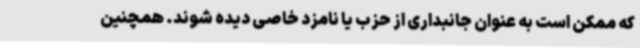
که ممکن است به عنوان جانبداری از حزب یا نامزد خاصی دیده شوند. همچنین